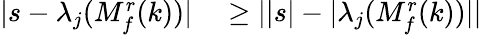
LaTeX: \begin{array}{rl}{\lvert s-\lambda_{j}(M_{f}^{r}(k))\rvert}&{{}\geq\lvert\lvert s\rvert-\lvert\lambda_{j}(M_{f}^{r}(k))\rvert\rvert}\end{array}